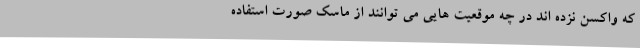
که واکسن نزده اند در چه موقعیت هایی می توانند از ماسک صورت استفاده